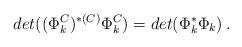
LaTeX: \begin{align*}det((\Phi_k^C)^{*(C)}\Phi_k^C)=det(\Phi_k^*\Phi_k)\,. \end{align*}